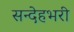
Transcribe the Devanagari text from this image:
सन्देहभरी